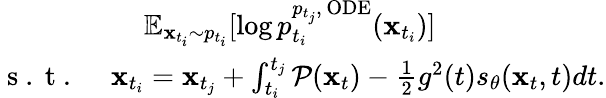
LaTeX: \begin{array}{r}{\mathbb{E}_{\mathbf{x}_{t_{i}}\sim p_{t_{i}}}[\log p_{t_{i}}^{p_{t_{j}},\, \mathrm{ODE}}(\mathbf{x}_{t_{i}})]\qquad\qquad\qquad}\\ {\mathrm{~s~.~t~.~}\quad\mathbf{x}_{t_{i}}=\mathbf{x}_{t_{j}}+\int_{t_{i}}^{t_{j}}\mathcal{P}(\mathbf{x}_{t})-\frac{1}{2}g^{2}(t)s_{\theta}(\mathbf{x}_{t},t)dt.}\end{array}